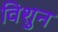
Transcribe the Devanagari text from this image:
विशुन